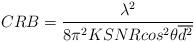
LaTeX: \begin{align*}CRB=\frac{\lambda^2}{8{\pi}^2KSNR{cos}^2\theta\overline{d^2}}\end{align*}